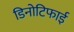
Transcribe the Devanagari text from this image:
डिनोटिफाई